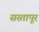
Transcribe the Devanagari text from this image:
सस्तापूर